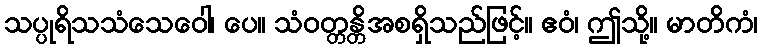
သပ္ပုရိသသံသေဝေါ၊ ပေ။ သံဝတ္တန္တိအစရှိသည်ဖြင့်။ ဧဝံ၊ ဤသို့။ မာတိကံ၊